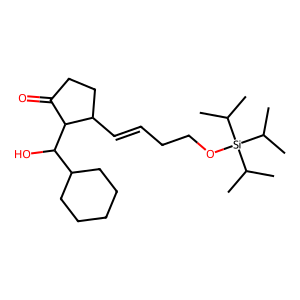
SMILES: CC(C)[Si](OCCC=CC1CCC(=O)C1C(O)C1CCCCC1)(C(C)C)C(C)C
Inhibits HIV replication: No